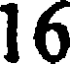
16